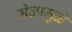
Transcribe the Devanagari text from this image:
मेळामुळे